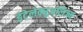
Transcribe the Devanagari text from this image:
इंटेलेक्चुअलिज्म